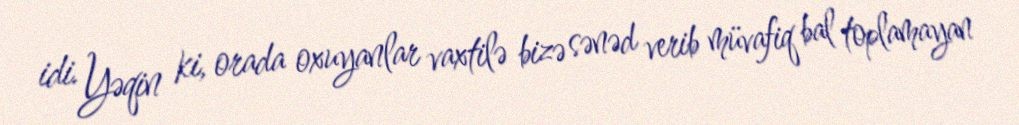
idi. Yəqin ki, orada oxuyanlar vaxtilə bizə sənəd verib müvafiq bal toplamayan